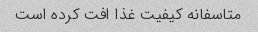
متاسفانه کیفیت غذا افت کرده است